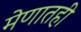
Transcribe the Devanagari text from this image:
मेणातही